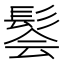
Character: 𫘽